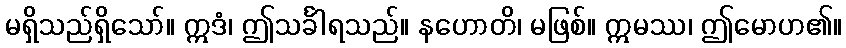
မရှိသည်ရှိသော်။ ဣဒံ၊ ဤသင်္ခါရသည်။ နဟောတိ၊ မဖြစ်။ ဣမဿ၊ ဤမောဟ၏။